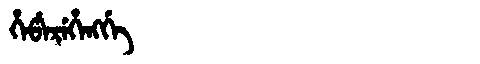
Manchu: ᡥᡝᡦᡝᡵᡝᡥᡝᠩᡤᡝ
Romanization: HEPEREHENGGE